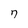
Character: 7